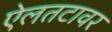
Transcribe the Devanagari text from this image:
ऐलतटावर